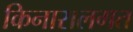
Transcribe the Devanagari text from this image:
किनारालगत